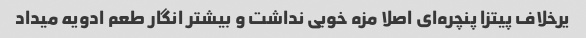
یرخلاف پیتزا پنچره‌ای اصلا مزه خوبی نداشت و بیشتر انگار طعم ادویه میداد